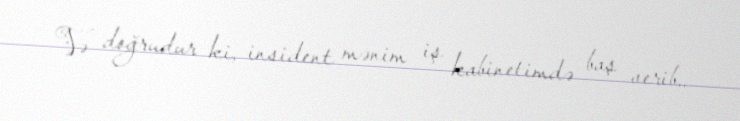
Və doğrudur ki, insident mənim iş kabinetimdə baş verib..